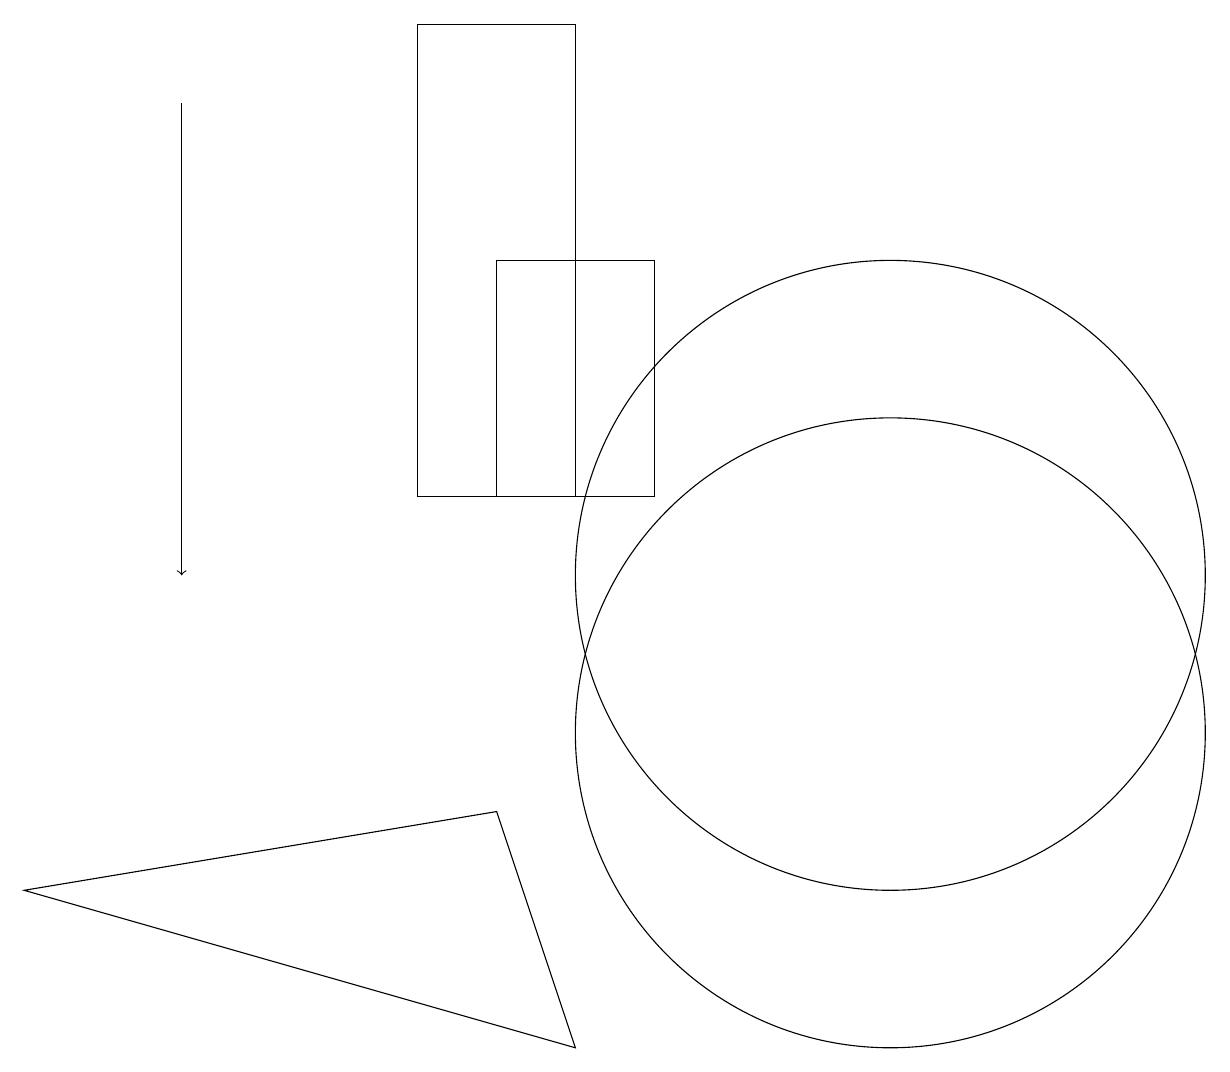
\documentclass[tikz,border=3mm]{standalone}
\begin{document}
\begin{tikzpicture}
\draw (11,10) circle (4);
\draw (8,16) rectangle (6,13);
\draw (6,9) -- (7,6) -- (0,8) -- cycle;
\draw (5,19) rectangle (7,13);
\draw (11,12) circle (4);
\draw[->] (2,18) -- (2,12);
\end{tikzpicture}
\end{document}